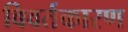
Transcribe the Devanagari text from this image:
विवर्तकारण